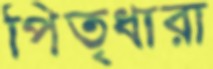
পিতৃধারা